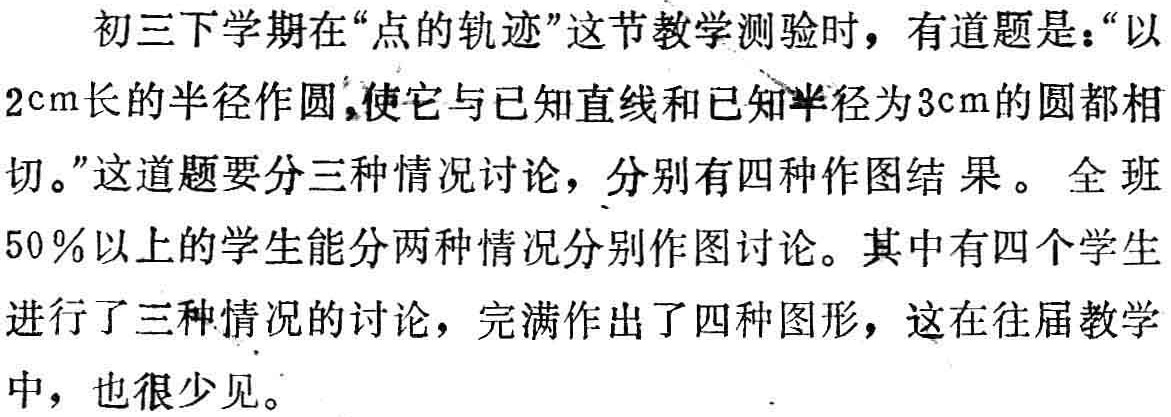
初三下学期在“点的轨迹”这节教学测验时，有道题是：“以
\(2\mathrm{cm}\)长的半径作圆，使它与已知直线和已知半径为\(3\mathrm{cm}\)的圆都相
切。”这道题要分三种情况讨论，分别有四种作图结果。 全班
\(50\%\)以上的学生能分两种情况分别作图讨论。其中有四个学生
进行了三种情况的讨论，完满作出了四种图形，这在往届教学
中，也很少见。